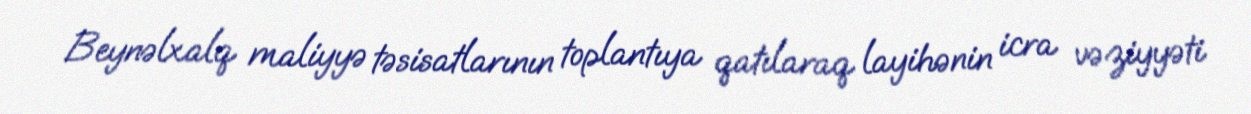
Beynəlxalq maliyyə təsisatlarının toplantıya qatılaraq layihənin icra vəziyyəti